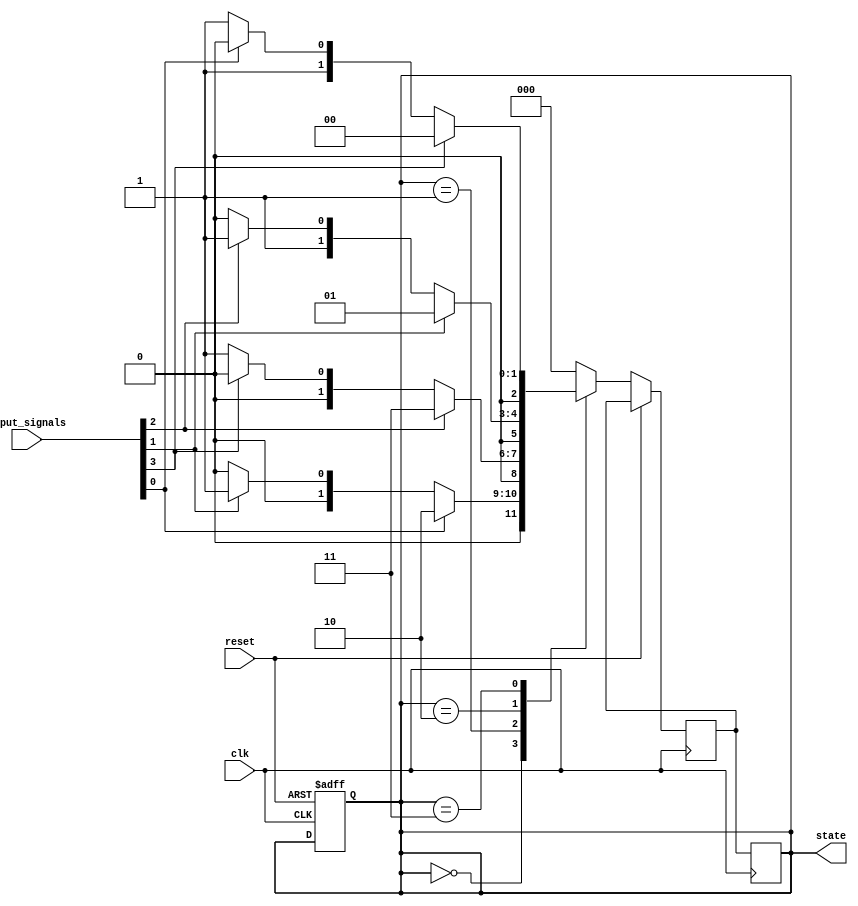
module state_machine (
    input wire clk,
    input wire reset,
    input wire [N-1:0] input_signals,
    output reg [M-1:0] state
);

parameter N = 4; // Number of input signals
parameter M = 3; // Number of states

reg [M-1:0] next_state;

always @ (posedge clk or posedge reset) begin
    if (reset) begin
        state <= 3'b000; // Initial state
    end else begin
        case (state)
            3'b000: // State 0
                if (input_signals[0]) begin
                    next_state <= 3'b010; // Priority for signal 0
                end else if (input_signals[1]) begin
                    next_state <= 3'b001; // Priority for signal 1
                end else begin
                    next_state <= 3'b000;
                end
            3'b001: // State 1
                if (input_signals[2]) begin
                    next_state <= 3'b011; // Priority for signal 2
                end else if (input_signals[3]) begin
                    next_state <= 3'b000; // Priority for signal 3
                end else begin
                    next_state <= 3'b001;
                end
            3'b010: // State 2
                if (input_signals[1]) begin
                    next_state <= 3'b001; // Priority for signal 1
                end else if (input_signals[2]) begin
                    next_state <= 3'b011; // Priority for signal 2
                end else begin
                    next_state <= 3'b010;
                end
            3'b011: // State 3
                if (input_signals[3]) begin
                    next_state <= 3'b000; // Priority for signal 3
                end else if (input_signals[0]) begin
                    next_state <= 3'b010; // Priority for signal 0
                end else begin
                    next_state <= 3'b011;
                end
            default: // Default state
                next_state <= 3'b000; // Reset to initial state
        endcase
    end
end

always @ (posedge clk) begin
    state <= next_state;
end

endmodule